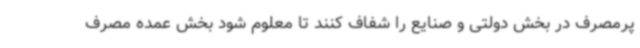
پرمصرف در بخش دولتی و صنایع را شفاف کنند تا معلوم شود بخش عمده مصرف